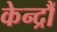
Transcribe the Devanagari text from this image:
केन्द्रौं